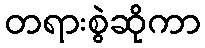
တရားစွဲဆိုကာ